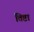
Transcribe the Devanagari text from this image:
तिष्टा